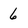
Character: 6